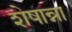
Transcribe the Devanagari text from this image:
शेषान्ना